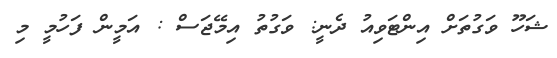
ޝަހޫ ވަގުތަށް އިންޓަވިއު ދެނީ: ވަގުތު އިމޭޖަސް : އަމީން ފަހުމީ މި